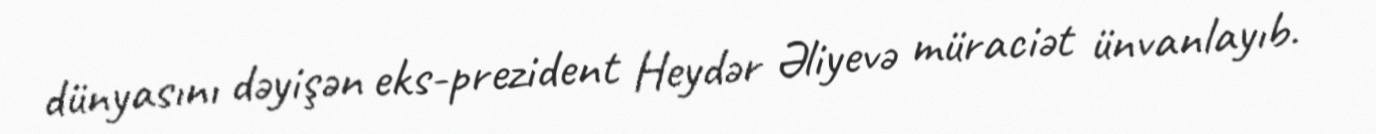
dünyasını dəyişən eks-prezident Heydər Əliyevə müraciət ünvanlayıb.